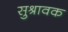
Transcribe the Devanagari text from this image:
सुश्रावक